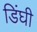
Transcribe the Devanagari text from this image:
डिंघी